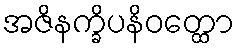
အဇိနက္ခိပနိဝတ္ထော